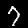
Label: 7